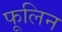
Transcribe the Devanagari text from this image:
फूलिन